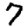
Digit: 7